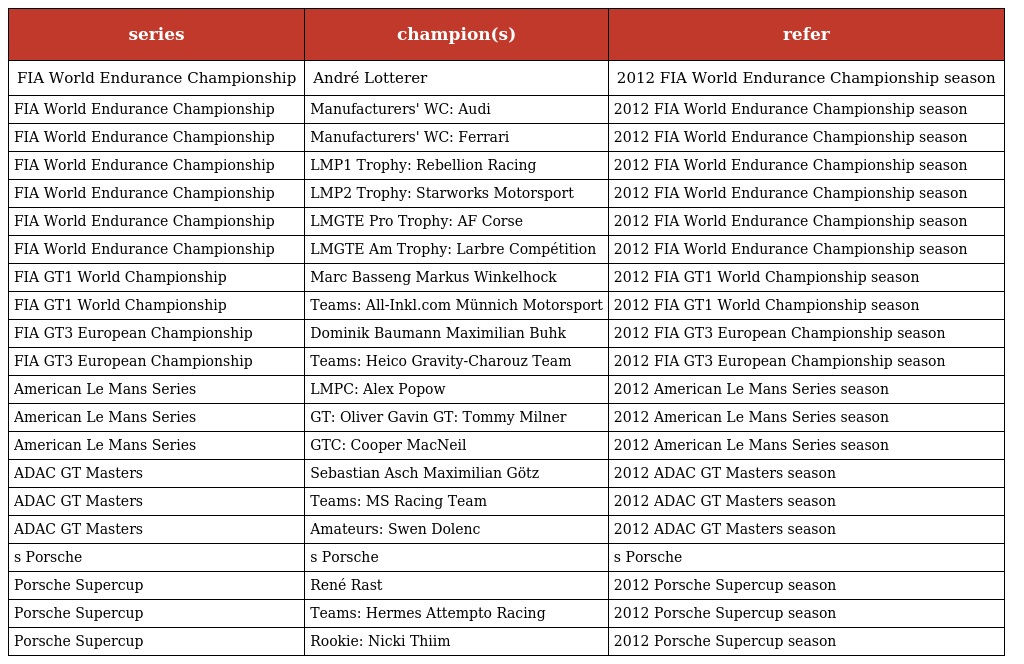
| series | champion(s) | refer |
 | --- | --- | --- |
 | FIA World Endurance Championship | André Lotterer | 2012 FIA World Endurance Championship season |
 | FIA World Endurance Championship | Manufacturers' WC: Audi | 2012 FIA World Endurance Championship season |
 | FIA World Endurance Championship | Manufacturers' WC: Ferrari | 2012 FIA World Endurance Championship season |
 | FIA World Endurance Championship | LMP1 Trophy: Rebellion Racing | 2012 FIA World Endurance Championship season |
 | FIA World Endurance Championship | LMP2 Trophy: Starworks Motorsport | 2012 FIA World Endurance Championship season |
 | FIA World Endurance Championship | LMGTE Pro Trophy: AF Corse | 2012 FIA World Endurance Championship season |
 | FIA World Endurance Championship | LMGTE Am Trophy: Larbre Compétition | 2012 FIA World Endurance Championship season |
 | FIA GT1 World Championship | Marc Basseng Markus Winkelhock | 2012 FIA GT1 World Championship season |
 | FIA GT1 World Championship | Teams: All-Inkl.com Münnich Motorsport | 2012 FIA GT1 World Championship season |
 | FIA GT3 European Championship | Dominik Baumann Maximilian Buhk | 2012 FIA GT3 European Championship season |
 | FIA GT3 European Championship | Teams: Heico Gravity-Charouz Team | 2012 FIA GT3 European Championship season |
 | American Le Mans Series | LMPC: Alex Popow | 2012 American Le Mans Series season |
 | American Le Mans Series | GT: Oliver Gavin GT: Tommy Milner | 2012 American Le Mans Series season |
 | American Le Mans Series | GTC: Cooper MacNeil | 2012 American Le Mans Series season |
 | ADAC GT Masters | Sebastian Asch Maximilian Götz | 2012 ADAC GT Masters season |
 | ADAC GT Masters | Teams: MS Racing Team | 2012 ADAC GT Masters season |
 | ADAC GT Masters | Amateurs: Swen Dolenc | 2012 ADAC GT Masters season |
 | s Porsche | s Porsche | s Porsche |
 | Porsche Supercup | René Rast | 2012 Porsche Supercup season |
 | Porsche Supercup | Teams: Hermes Attempto Racing | 2012 Porsche Supercup season |
 | Porsche Supercup | Rookie: Nicki Thiim | 2012 Porsche Supercup season |